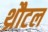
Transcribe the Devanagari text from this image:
थ्रौटल